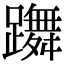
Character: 躌